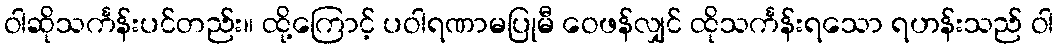
ဝါဆိုသင်္ကန်းပင်တည်း။ ထို့ကြောင့် ပဝါရဏာမပြုမီ ဝေဖန်လျှင် ထိုသင်္ကန်းရသော ရဟန်းသည် ဝါ